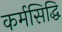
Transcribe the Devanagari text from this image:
कर्मसिद्धि